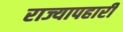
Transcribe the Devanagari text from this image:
राज्यापहारी